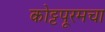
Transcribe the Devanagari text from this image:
कोट्टपूरमचा